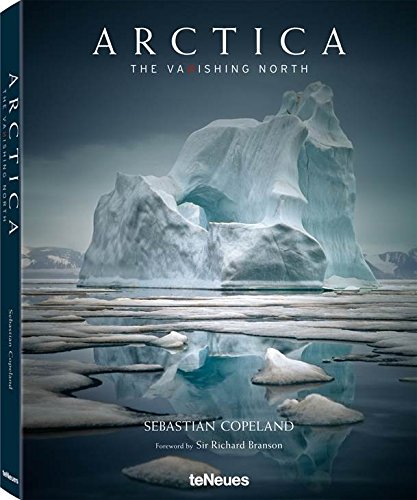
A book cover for Arctica: The Vanishing North; Arts & Photography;